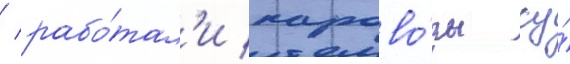
/ рабо́тал'и парово́зы су́